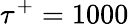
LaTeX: \tau^{+}=1000